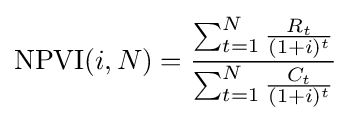
\mathrm {NPVI} (i,N)={\frac {\sum _{t=1}^{N}{\frac {R_{t}}{(1+i)^{t}}}}{\sum _{t=1}^{N}{\frac {C_{t}}{(1+i)^{t}}}}}